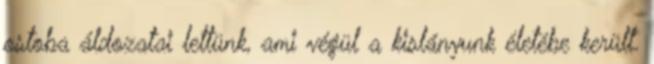
ostoba áldozatai lettünk, ami végül a kislányunk életébe került.